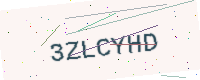
Text: 3ZLCYHD